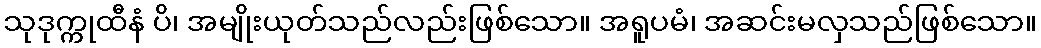
သုဒုက္ကုထီနံ ပိ၊ အမျိုးယုတ်သည်လည်းဖြစ်သော။ အရူပမံ၊ အဆင်းမလှသည်ဖြစ်သော။